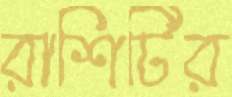
রাশিটির